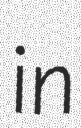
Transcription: in